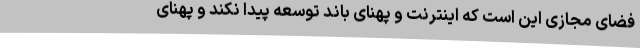
فضای مجازی این است که اینترنت و پهنای باند توسعه پیدا نکند و پهنای